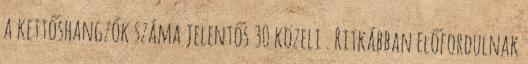
a kettőshangzók száma jelentős 30 közeli . Ritkábban előfordulnak